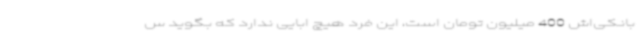
بانکی‌اش 400 میلیون تومان است، این فرد هیچ ابایی ندارد که بگوید س